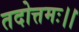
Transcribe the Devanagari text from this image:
तदोत्तमः।।